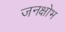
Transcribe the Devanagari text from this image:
जनक्षोभ